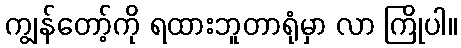
ကျွန်တော့်ကို ရထားဘူတာရုံမှာ လာ ကြိုပါ။